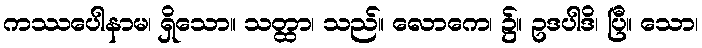
ကဿပေါနာမ၊ ရှိသော။ သတ္ထာ၊ သည်။ လောကေ၊ ၌။ ဥဒပါဒိ၊ ပြီ။ သော၊